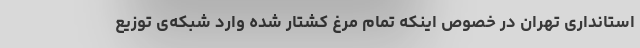
استانداری تهران در خصوص اینکه تمام مرغ کشتار شده وارد شبکه‌ی توزیع